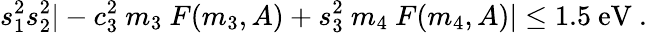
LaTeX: s_{1}^{2}s_{2}^{2}|-c_{3}^{2}~m_{3}~F(m_{3},A)+s_{3}^{2}~m_{4}~F(m_{4},A)|\leq 1.5~\mathrm{eV}\ .